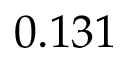
0 . 1 3 1